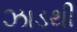
ઝાડથી